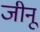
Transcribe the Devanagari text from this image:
जीनू